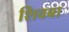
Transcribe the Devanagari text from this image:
शिवबा